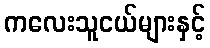
ကလေးသူငယ်များနှင့်